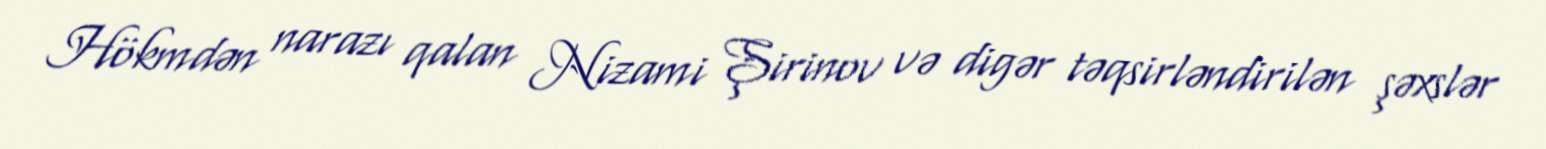
Hökmdən narazı qalan Nizami Şirinov və digər təqsirləndirilən şəxslər